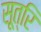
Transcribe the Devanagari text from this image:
सूत्रि